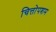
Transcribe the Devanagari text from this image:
चित्तोपशम